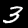
Digit: 3